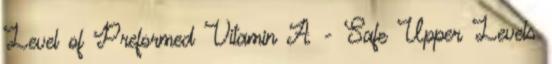
Level of Preformed Vitamin A - Safe Upper Levels